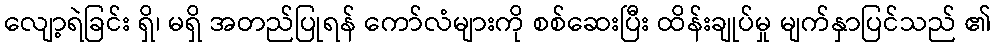
လျော့ရဲခြင်း ရှိ၊ မရှိ အတည်ပြုရန် ကော်လံများကို စစ်ဆေးပြီး ထိန်းချုပ်မှု မျက်နှာပြင်သည် ၏